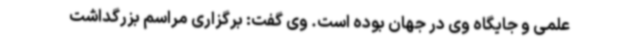
علمی و جایگاه وی در جهان بوده است. وی گفت: برگزاری مراسم بزرگداشت